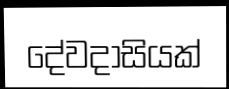
දේවදාසියක්